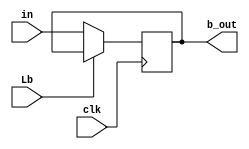
`timescale 1ns/1ns
//Define the 8-bit B register
module Bregister(b_out,Lb,clk,in);
//Declare inputs and outputs
output reg[7:0] b_out;
input clk, Lb;
input [7:0]in;


always @(posedge clk) 
begin 
if(!Lb)
b_out = in;
else
 b_out = b_out;
 end
endmodule